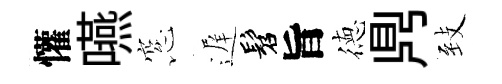
懽嚥窓遅髫旨徳𪔂𦤺